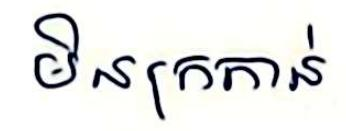
មិនក្រកាន់